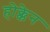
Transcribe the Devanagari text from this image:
होक्केन